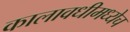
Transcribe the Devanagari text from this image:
कालावधीमध्येच